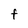
Character: F